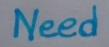
Need